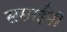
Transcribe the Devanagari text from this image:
ससाईंनी